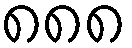
၈၈၈